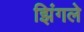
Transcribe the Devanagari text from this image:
झिंगले